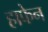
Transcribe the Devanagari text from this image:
हाफेन